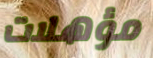
مؤهلات